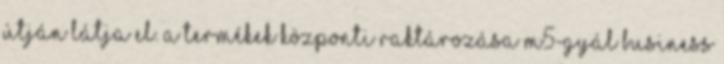
útján látja el. A termékek központi raktározása M5-Gyál Business